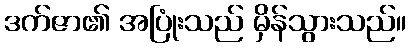
ဒက်ဇာ၏ အပြုံးသည် မှိန်သွားသည်။